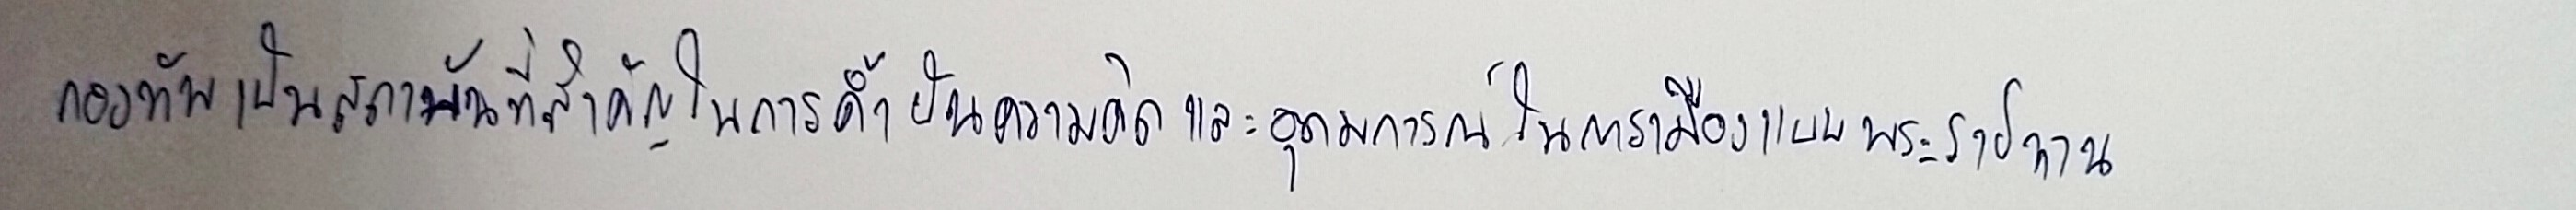
กองทัพเป็นสถาบันที่สำคัญในการค้ำยันความคิดและอุดมการณ์ในการเมืองแบบพระราชทาน